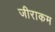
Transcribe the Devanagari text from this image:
जीराकम